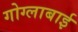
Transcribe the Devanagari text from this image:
गोग्लाबाई